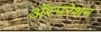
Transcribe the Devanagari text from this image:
अॅस्परेशन